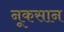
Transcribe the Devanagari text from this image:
नूकसान